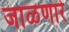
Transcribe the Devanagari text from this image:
जाळणारे